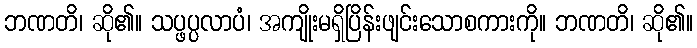
ဘဏတိ၊ ဆို၏။ သပ္ဖပ္ပလာပံ၊ အကျိုးမရှိပြိန်းဖျင်းသောစကားကို။ ဘဏတိ၊ ဆို၏။